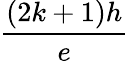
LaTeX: \frac{(2k+1)h}{e}